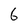
Character: 6